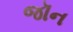
જૉન